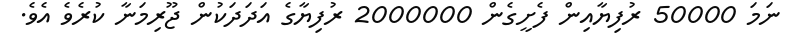
ނަމަ 50000 ރުފިޔާއިން ފެށީގެން 2000000 ރުފިޔާގެ އަދަދަކުން ޖޫރިމަނާ ކުރެވެ އެވެ.